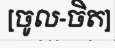
[ចូល-ចិត]